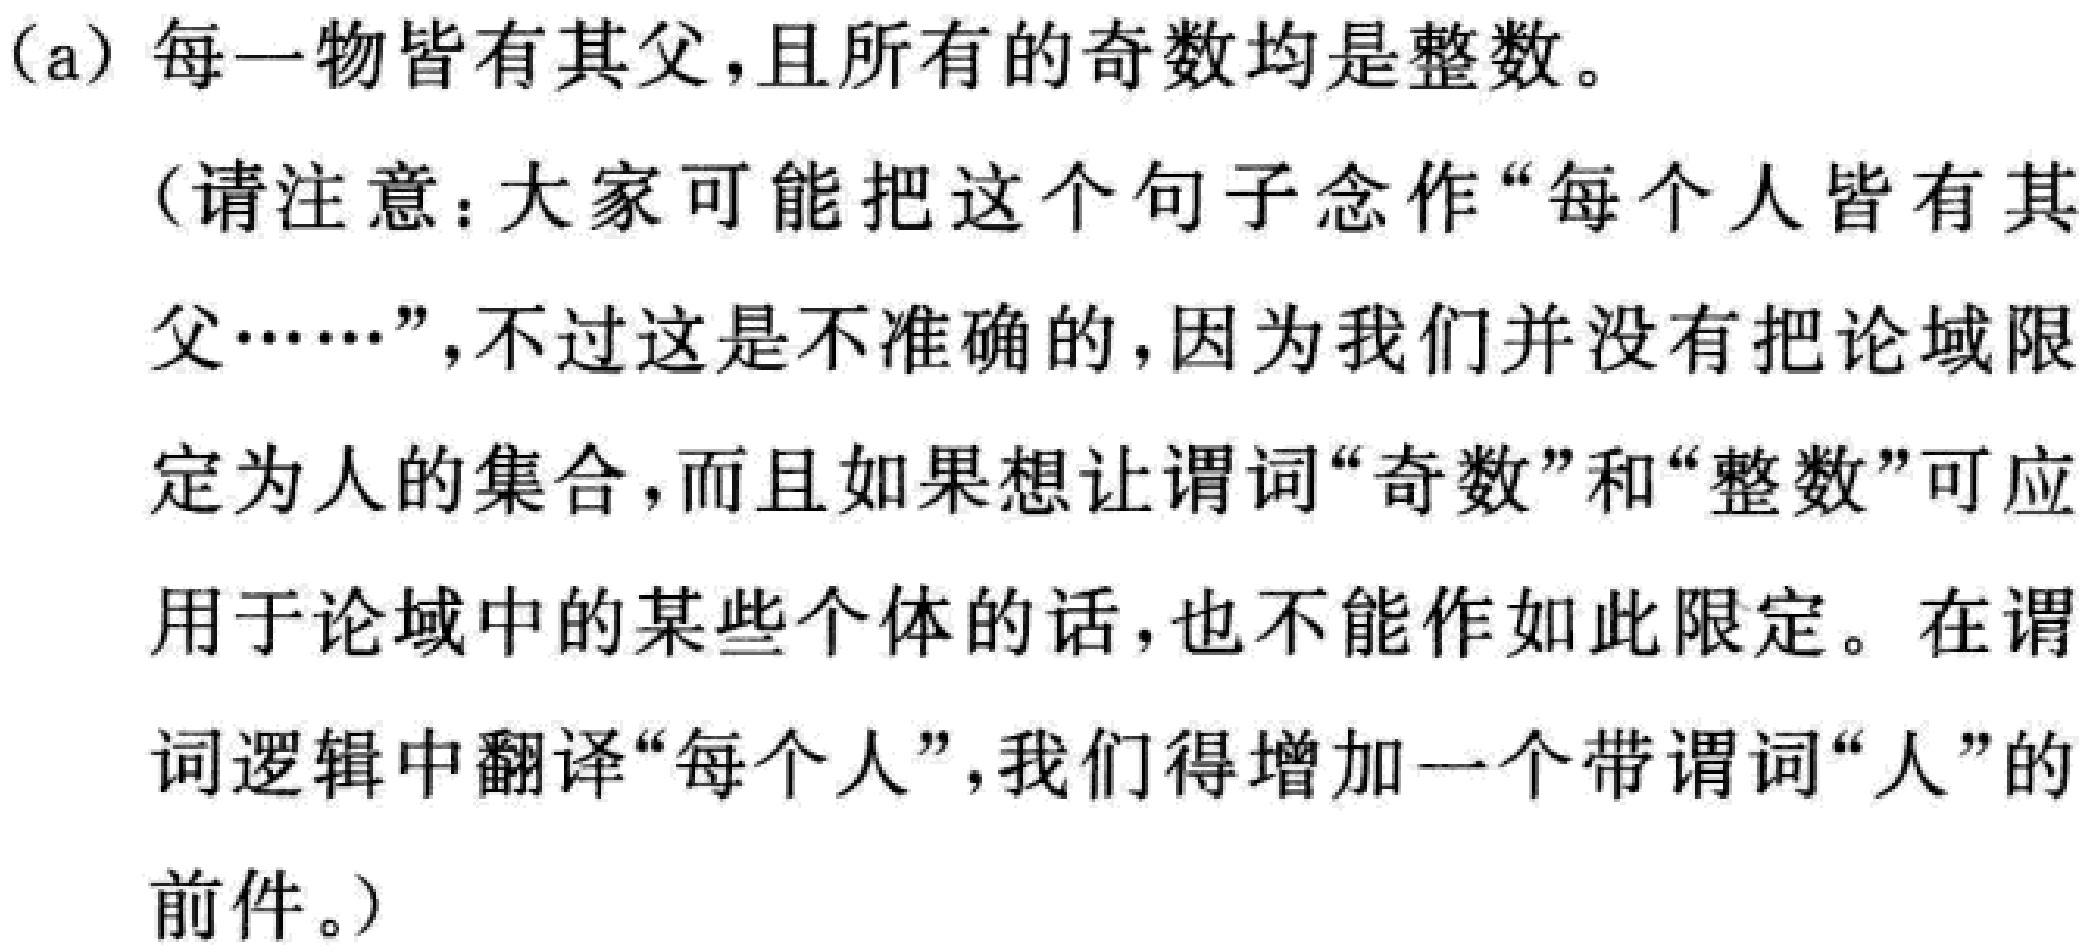
(a) 每一物皆有其父，且所有的奇数均是整数。

(请注意：大家可能把这个句子念作“每个人皆有其父……”，不过这是不准确的，因为我们并没有把论域限定为人的集合，而且如果想让谓词“奇数”和“整数”可应用于论域中的某些个体的话，也不能作如此限定。在谓词逻辑中翻译“每个人”，我们得增加一个带谓词“人”的前件。)